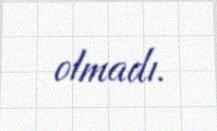
olmadı.